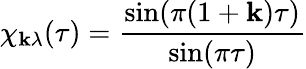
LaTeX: \chi_{\mathbf{k}\lambda}(\tau)=\frac{{\sin(\pi(1+\mathbf{k})\tau)}}{{\sin(\pi\tau)}}